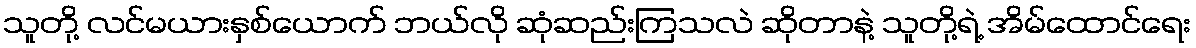
သူတို့ လင်မယားနှစ်ယောက် ဘယ်လို ဆုံဆည်းကြသလဲ ဆိုတာနဲ့ သူတို့ရဲ့ အိမ်ထောင်ရေး